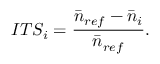
I T S _ { i } = \frac { \bar { n } _ { r e f } - \bar { n } _ { i } } { \bar { n } _ { r e f } } .